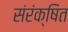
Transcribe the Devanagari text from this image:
संरंक्षित